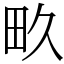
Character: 畂